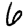
Digit: 6